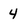
Character: 4